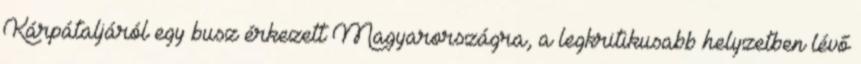
Kárpátaljáról egy busz érkezett Magyarországra, a legkritikusabb helyzetben lévő